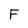
Character: F